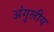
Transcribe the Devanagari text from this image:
अंगुलीय